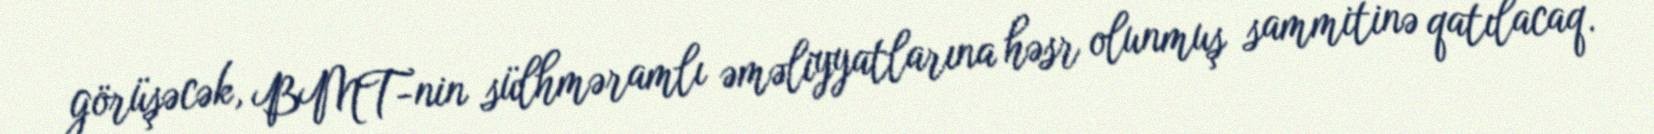
görüşəcək, BMT-nin sülhməramlı əməliyyatlarına həsr olunmuş sammitinə qatılacaq.